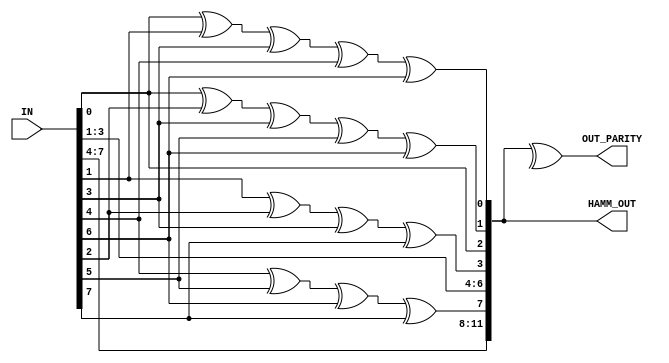
`timescale 1ns / 1ps

module hamm_enc(
 input [7:0] IN,
 output [11:0] HAMM_OUT,
 output OUT_PARITY
    );
    reg p1,p2,p3,p4;
    
    always  @ (*)
    begin
    p1 = IN[0] ^ IN[1] ^ IN[3] ^ IN[4] ^ IN [6] ;
    p2 = IN[0] ^ IN[2] ^ IN[3] ^ IN[5] ^ IN[6] ; 
    p3 = IN[1] ^ IN[2] ^ IN[3] ^ IN[7] ; 
    p4 = IN[4] ^ IN[5] ^ IN[6] ^ IN[7] ; 
    end

 assign HAMM_OUT = {IN[7:4], p4, IN[3:1], p3, IN[0], p2, p1};
 
 assign OUT_PARITY = ^HAMM_OUT;
    
endmodule